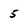
Character: 5